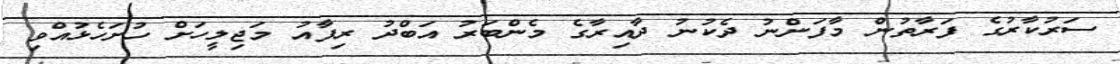
ސަރުކާރުގެ ފަރާތުން މާފަންނު ދެކުނު ދާއިރާގެ މެންބަރު އަބްދު ރިފާއު މަޖިލީހަށް ހުށަހެޅުއްވި